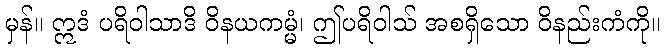
မှန်။ ဣဒံ ပရိဝါသာဒိ ဝိနယကမ္မံ၊ ဤပရိဝါသ် အစရှိသော ဝိနည်းကံကို။